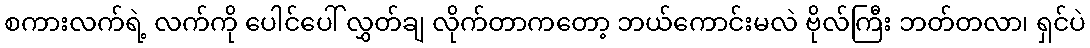
စကားလက်ရဲ့ လက်ကို ပေါင်ပေါ် လွှတ်ချ လိုက်တာကတော့ ဘယ်ကောင်းမလဲ ဗိုလ်ကြီး ဘတ်တလာ၊ ရှင်ပဲ